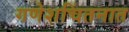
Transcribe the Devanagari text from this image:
गणेशचिंतनात